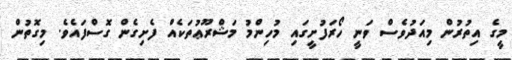
މީގެ އިތުރުން މިއަދުވެސް ވަނީ ހޯރަފުށީގައި މުހިންމު މަޝްރޫޢުތަކެއް ފެށިގެން ގޮސްފައެވެ. މިގޮތުން